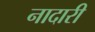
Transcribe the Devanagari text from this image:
नादारी